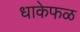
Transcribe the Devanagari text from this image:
धाकेफळ